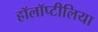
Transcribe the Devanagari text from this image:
हॉलॉप्टीलिया